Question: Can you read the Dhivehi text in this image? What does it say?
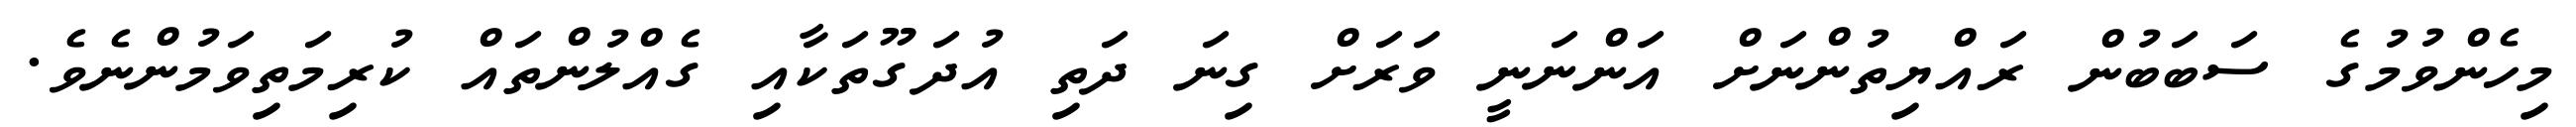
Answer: މިހެންވުމުގެ ސަބަބުން ރައްޔިތުންނަށް އަންނަނީ ވަރަށް ގިނަ ދަތި އުދަގޫތަކާއި ގެއްލުންތައް ކުރިމަތިވަމުންނެވެ.